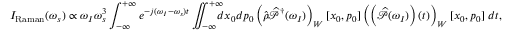
I _ { \mathrm { R a m a n } } ( \omega _ { s } ) \propto \omega _ { I } \omega _ { s } ^ { 3 } \int _ { - \infty } ^ { + \infty } e ^ { - j ( \omega _ { I } - \omega _ { s } ) t } \iint _ { - \infty } ^ { + \infty } \! \! \! \! d x _ { 0 } d p _ { 0 } \left( \widehat { \rho } \widehat { \mathcal { P } } ^ { \dagger } ( \omega _ { I } ) \right) _ { W } [ x _ { 0 } , p _ { 0 } ] \left( \left( \widehat { \mathcal { P } } ( \omega _ { I } ) \right) ( t ) \right) _ { W } [ x _ { 0 } , p _ { 0 } ] \; d t ,